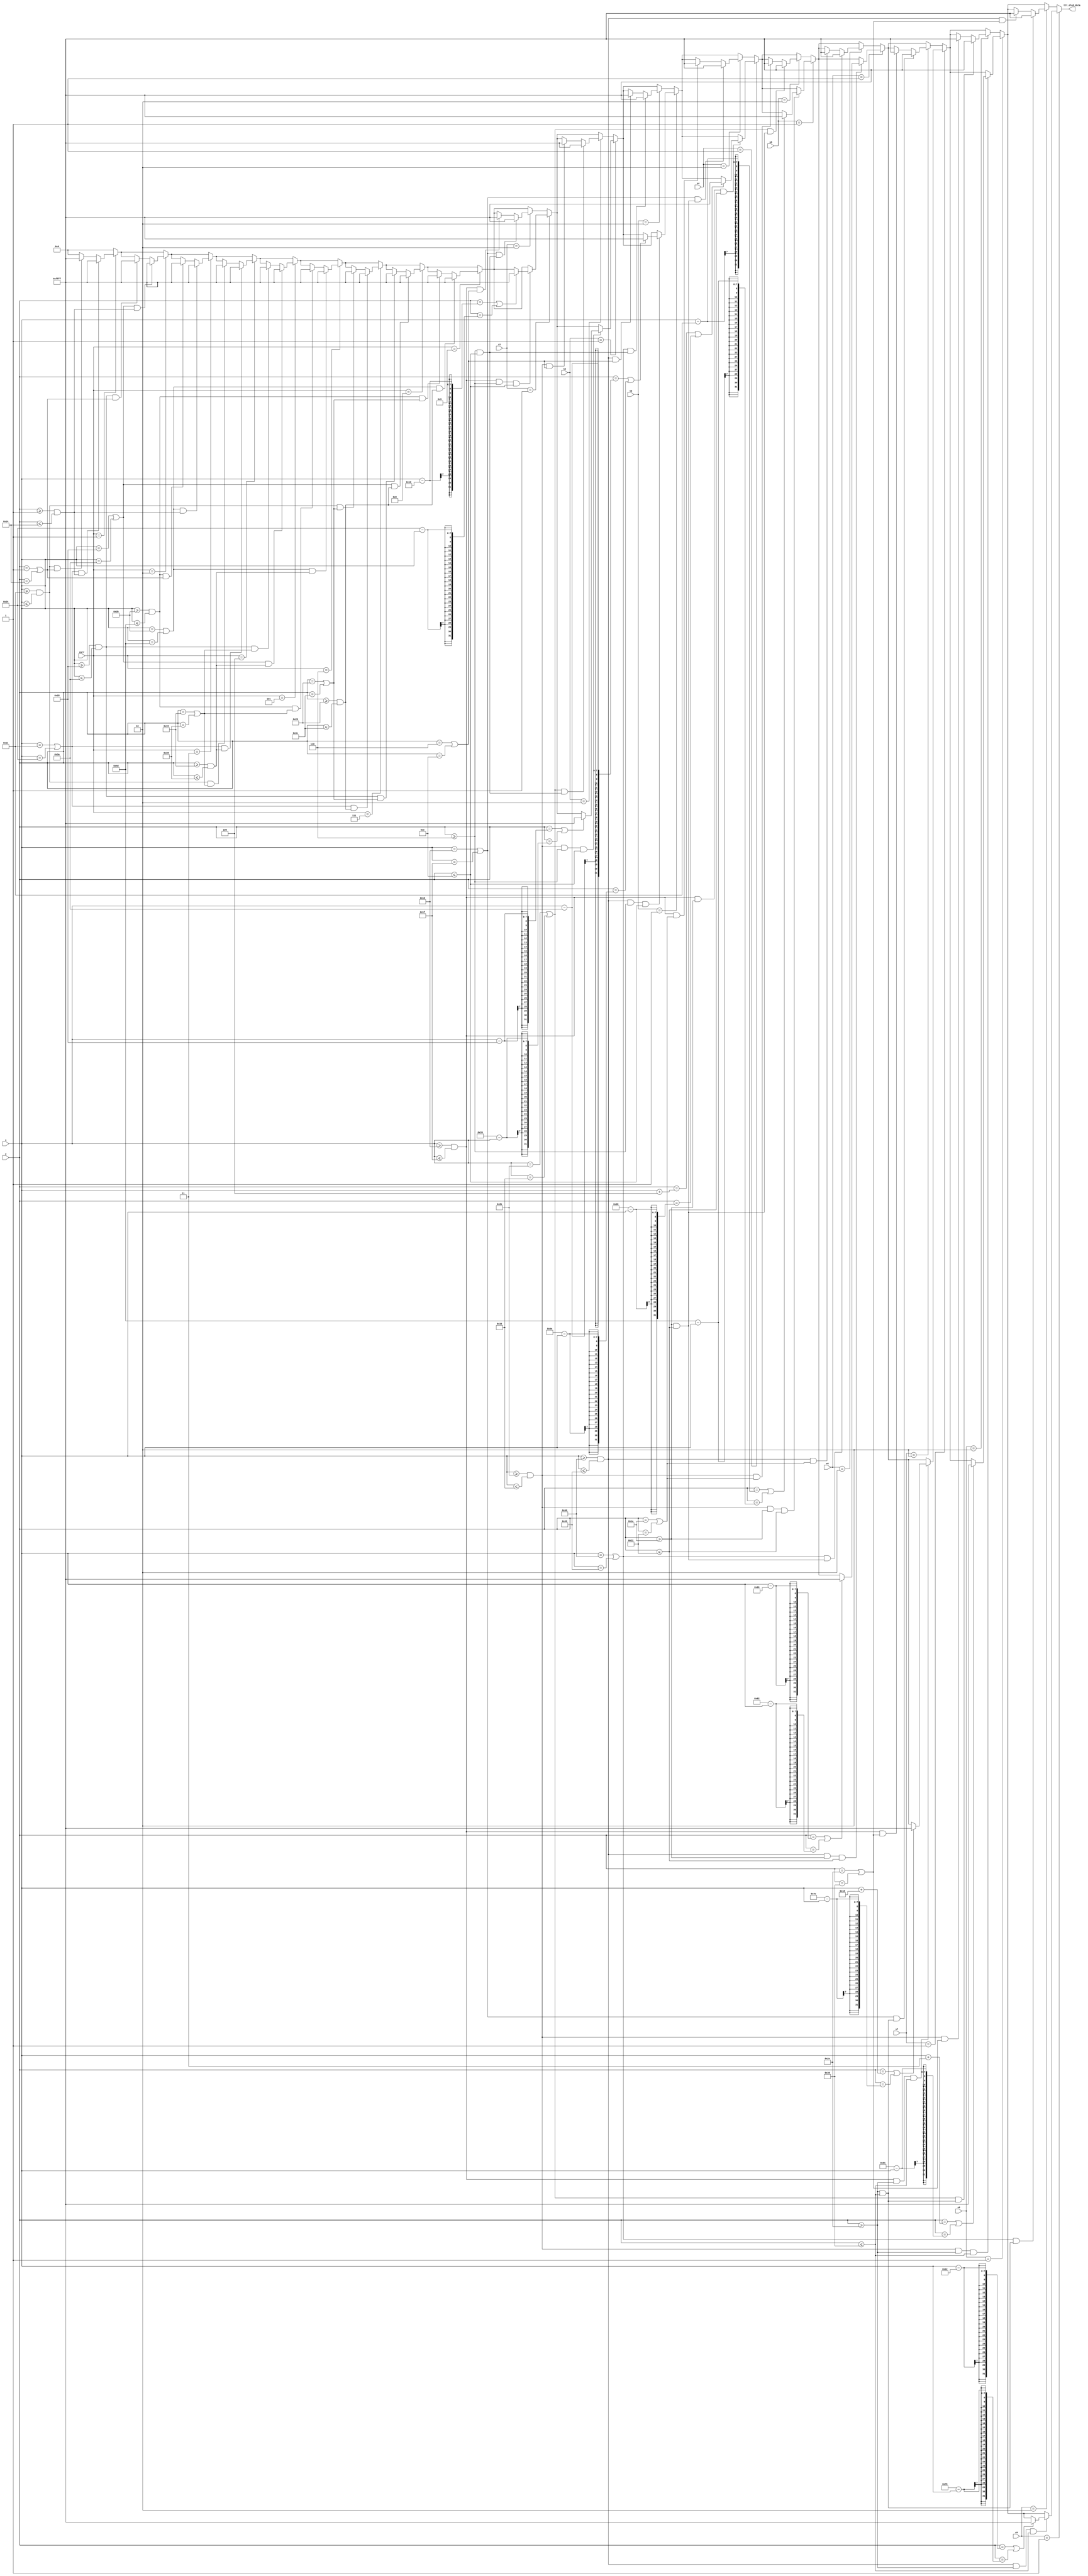
`timescale 1ns / 1ps
//////////////////////////////////////////////////////////////////////////////////
// Company: 
// Engineer: 
// 
// Design Name: 
// Module Name: ttt_display
// Project Name: 
// Target Devices: 
// Tool Versions: 
// Description: 
// 
// Dependencies: 
// 
// Revision:
// Revision 0.01 - File Created
// Additional Comments:
// 
//////////////////////////////////////////////////////////////////////////////////


module ttt_display(
    input [1:0] s1,
    input [1:0] s2,
    input [1:0] s3,
    input [1:0] s4,
    input [1:0] s5,
    input [1:0] s6,
    input [1:0] s7,
    input [1:0] s8,
    input [1:0] s9,
    input [3:0] curr,
    input [6:0] x,
    input [5:0] y,
    output reg [15:0] ttt_oled_data
    );
    
    wire [15:0] back_color = 16'h0000;
    wire [15:0] game_color = 16'hFFFF;
    
    
    parameter x_ss147L = 22;
    parameter x_ss147H = 31;
    parameter x_ss258L = 43;
    parameter x_ss258H = 52;
    parameter x_ss369L = 64;
    parameter x_ss369H = 73;
    
    parameter y_ss123L = 6;
    parameter y_ss123H = 14;
    parameter y_ss456L = 26;
    parameter y_ss456H = 34;
    parameter y_ss789L = 46;
    parameter y_ss789H = 54;
    
    parameter x_bs147L = 17;
    parameter x_bs147H = 36;
    parameter x_bs258L = 37;
    parameter x_bs258H = 58;
    parameter x_bs369L = 59;
    parameter x_bs369H = 77;
    
    parameter y_bs123L = 1;
    parameter y_bs123H = 20;
    parameter y_bs456L = 21;
    parameter y_bs456H = 40;
    parameter y_bs789L = 41;
    parameter y_bs789H = 60;

    always @ (*) begin
        ttt_oled_data <= back_color;
        
        
        // big_squares
        if (curr == 1) begin
            if ((x >= x_bs147L && x <= x_bs147H) && (y == y_bs123L || y == y_bs123H))  begin
                ttt_oled_data <= game_color;
            end
            if ((x == x_bs147L || x == x_bs147H) && (y >= y_bs123L && y <= y_bs123H))  begin
                ttt_oled_data <= game_color;
            end
        end
 
        if (curr == 2) begin
            if ((x >= x_bs258L && x <= x_bs258H) && (y == y_bs123L || y == y_bs123H))  begin
                ttt_oled_data <= game_color;
            end
            if ((x == x_bs258L || x == x_bs258H) && (y >= y_bs123L && y <= y_bs123H))  begin
                ttt_oled_data <= game_color;
            end
        end
        
        if (curr == 3) begin
            if ((x >= x_bs369L && x <= x_bs369H) && (y == y_bs123L || y == y_bs123H))  begin
                ttt_oled_data <= game_color;
            end
            if ((x == x_bs369L || x == x_bs369H) && (y >= y_bs123L && y <= y_bs123H))  begin
                ttt_oled_data <= game_color;
            end
        end

        if (curr == 4) begin
            if ((x >= x_bs147L && x <= x_bs147H) && (y == y_bs456L || y == y_bs456H))  begin
                ttt_oled_data <= game_color;
            end
            if ((x == x_bs147L || x == x_bs147H) && (y >= y_bs456L && y <= y_bs456H))  begin
                ttt_oled_data <= game_color;
            end
        end

        if (curr == 5) begin
            if ((x >= x_bs258L && x <= x_bs258H) && (y == y_bs456L || y == y_bs456H))  begin
                ttt_oled_data <= game_color;
            end
            if ((x == x_bs258L || x == x_bs258H) && (y >= y_bs456L && y <= y_bs456H))  begin
                ttt_oled_data <= game_color;
            end
        end

        if (curr == 6) begin
            if ((x >= x_bs369L && x <= x_bs369H) && (y == y_bs456L || y == y_bs456H))  begin
                ttt_oled_data <= game_color;
            end
            if ((x == x_bs369L || x == x_bs369H) && (y >= y_bs456L && y <= y_bs456H))  begin
                ttt_oled_data <= game_color;
            end
        end

        if (curr == 7) begin
            if ((x >= x_bs147L && x <= x_bs147H) && (y == y_bs789L || y == y_bs789H))  begin
                ttt_oled_data <= game_color;
            end
            if ((x == x_bs147L || x == x_bs147H) && (y >= y_bs789L && y <= y_bs789H))  begin
                ttt_oled_data <= game_color;
            end
        end

        if (curr == 8) begin
            if ((x >= x_bs258L && x <= x_bs258H) && (y == y_bs789L || y == y_bs789H))  begin
                ttt_oled_data <= game_color;
            end
            if ((x == x_bs258L || x == x_bs258H) && (y >= y_bs789L && y <= y_bs789H))  begin
                ttt_oled_data <= game_color;
            end
        end

        if (curr == 9) begin
            if ((x >= x_bs369L && x <= x_bs369H) && (y == y_bs789L || y == y_bs789H))  begin
                ttt_oled_data <= game_color;
            end
            if ((x == x_bs369L || x == x_bs369H) && (y >= y_bs789L && y <= y_bs789H))  begin
                ttt_oled_data <= game_color;
            end
        end
        
        
        // small_squares
        if (s1 == 1) begin 
            if (x >= x_ss147L && x <= x_ss147H && y >= y_ss123L && y <= y_ss123H) begin
                if (y == x - 16 || y == 36 - x) begin
                    ttt_oled_data <= game_color;
                end
            end
        end
        else if (s1 == 2) begin 
            if ((x >= x_ss147L && x <= x_ss147H) && (y == y_ss123L || y == y_ss123H))  begin
                ttt_oled_data <= game_color;
            end
            if ((x == x_ss147L || x == x_ss147H) && (y >= y_ss123L && y <= y_ss123H))  begin
                ttt_oled_data <= game_color;
            end    
        end
        
        if (s2 == 1) begin 
            if (x >= x_ss258L && x <= x_ss258H && y >= y_ss123L && y <= y_ss123H) begin
                if (y == x - 37 || y == 57 - x) begin
                    ttt_oled_data <= game_color;
                end
            end
        end
        else if (s2 == 2) begin 
            if ((x >= x_ss258L && x <= x_ss258H) && (y == y_ss123L || y == y_ss123H))  begin
                ttt_oled_data <= game_color;
            end
            if ((x == x_ss258L || x == x_ss258H) && (y >= y_ss123L && y <= y_ss123H))  begin
                ttt_oled_data <= game_color;
            end      
        end

        if (s3 == 1) begin 
            if (x >= x_ss369L && x <= x_ss369H && y >= y_ss123L && y <= y_ss123H) begin
                if (y == x - 58 || y == 78 - x) begin
                    ttt_oled_data <= game_color;
                end
            end
        end
        else if (s3 == 2) begin 
            if ((x >= x_ss369L && x <= x_ss369H) && (y == y_ss123L || y == y_ss123H))  begin
                ttt_oled_data <= game_color;
            end
            if ((x == x_ss369L || x == x_ss369H) && (y >= y_ss123L && y <= y_ss123H))  begin
                ttt_oled_data <= game_color;
            end      
        end

        if (s4 == 1) begin 
            if (x >= x_ss147L && x <= x_ss147H && y >= y_ss456L && y <= y_ss456H) begin
                if (y == x + 4 || y == 56 - x) begin
                    ttt_oled_data <= game_color;
                end
            end
        end
        else if (s4 == 2) begin 
            if ((x >= x_ss147L && x <= x_ss147H) && (y == y_ss456L || y == y_ss456H))  begin
                ttt_oled_data <= game_color;
            end
            if ((x == x_ss147L || x == x_ss147H) && (y >= y_ss456L && y <= y_ss456H))  begin
                ttt_oled_data <= game_color;
            end     
        end

        if (s5 == 1) begin 
            if (x >= x_ss258L && x <= x_ss258H && y >= y_ss456L && y <= y_ss456H) begin
                if (y == x - 17 || y == 77 - x) begin
                    ttt_oled_data <= game_color;
                end
            end
        end
        else if (s5 == 2) begin 
            if ((x >= x_ss258L && x <= x_ss258H) && (y == y_ss456L || y == y_ss456H))  begin
                ttt_oled_data <= game_color;
            end
            if ((x == x_ss258L || x == x_ss258H) && (y >= y_ss456L && y <= y_ss456H))  begin
                ttt_oled_data <= game_color;
            end   
        end

        if (s6 == 1) begin 
            if (x >= x_ss369L && x <= x_ss369H && y >= y_ss456L && y <= y_ss456H) begin
                if (y == x - 38 || y == 98 - x) begin
                    ttt_oled_data <= game_color;
                end
            end
        end
        else if (s6 == 2) begin 
            if ((x >= x_ss369L && x <= x_ss369H) && (y == y_ss456L || y == y_ss456H))  begin
                ttt_oled_data <= game_color;
            end
            if ((x == x_ss369L || x == x_ss369H) && (y >= y_ss456L && y <= y_ss456H))  begin
                ttt_oled_data <= game_color;
            end    
        end

        if (s7 == 1) begin 
            if (x >= x_ss147L && x <= x_ss147H && y >= y_ss789L && y <= y_ss789H) begin
                if (y == x + 24 || y == 76 - x) begin
                    ttt_oled_data <= game_color;
                end
            end
        end
        else if (s7 == 2) begin 
            if ((x >= x_ss147L && x <= x_ss147H) && (y == y_ss789L || y == y_ss789H))  begin
                ttt_oled_data <= game_color;
            end
            if ((x == x_ss147L || x == x_ss147H) && (y >= y_ss789L && y <= y_ss789H))  begin
                ttt_oled_data <= game_color;
            end     
        end

        if (s8 == 1) begin 
            if (x >= x_ss258L && x <= x_ss258H && y >= y_ss789L && y <= y_ss789H) begin
                if (y == x + 3 || y == 97 - x) begin
                    ttt_oled_data <= game_color;
                end
            end
        end
        else if (s8 == 2) begin 
            if ((x >= x_ss258L && x <= x_ss258H) && (y == y_ss789L || y == y_ss789H))  begin
                ttt_oled_data <= game_color;
            end
            if ((x == x_ss258L || x == x_ss258H) && (y >= y_ss789L && y <= y_ss789H))  begin
                ttt_oled_data <= game_color;
            end     
        end

        if (s9 == 1) begin 
            if (x >= x_ss369L && x <= x_ss369H && y >= y_ss789L && y <= y_ss789H) begin
                if (y == x - 18 || y == 118 - x) begin
                    ttt_oled_data <= game_color;
                end
            end
        end
        else if (s9 == 2) begin 
            if ((x >= x_ss369L && x <= x_ss369H) && (y == y_ss789L || y == y_ss789H))  begin
                ttt_oled_data <= game_color;
            end
            if ((x == x_ss369L || x == x_ss369H) && (y >= y_ss789L && y <= y_ss789H))  begin
                ttt_oled_data <= game_color;
            end    
        end
    end
    
    
endmodule